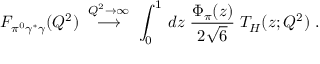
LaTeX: F _ { \pi ^ { 0 } \gamma ^ { * } \gamma } ( Q ^ { 2 } ) \; \stackrel { Q ^ { 2 } \rightarrow \infty } { \longrightarrow } \; \int _ { 0 } ^ { 1 } \, d z \; { \frac { \Phi _ { \pi } ( z ) } { 2 \sqrt { 6 } } } \; T _ { H } ( z ; Q ^ { 2 } ) \; .